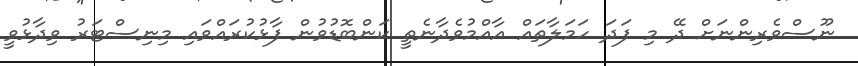
ނޫސްވެރިންނަށް ދޭ މި ފަދަ ހަމަލާތައް އާއްމުވެދާނެތީ ކަންބޮޑުވުން ފާޅުކުރައްވައި މިނިސްޓަރު ވިދާޅުވީ